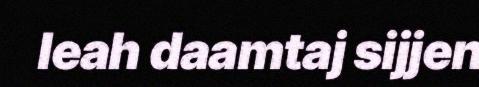
leah daamtaj sijjen